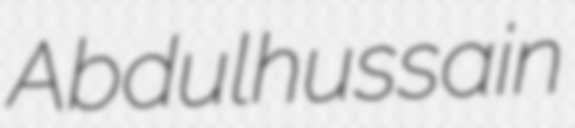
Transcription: Abdulhussain